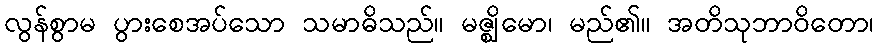
လွန်စွာမ ပွားစေအပ်သော သမာဓိသည်။ မဇ္ဈိမော၊ မည်၏။ အတိသုဘာဝိတော၊